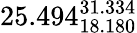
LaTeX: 25.494_{18.180}^{31.334}